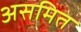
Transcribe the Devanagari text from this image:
असमित